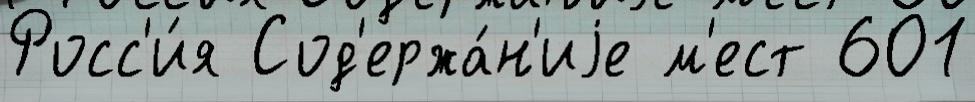
Росс'и́я Сод'ержа́н'иjе м'ест 601